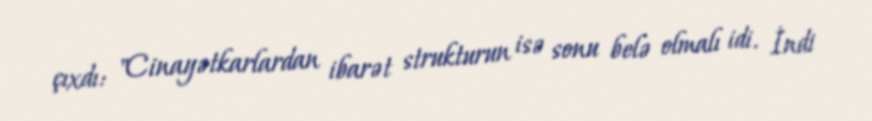
çıxdı: "Cinayətkarlardan ibarət strukturun isə sonu belə olmalı idi. İndi